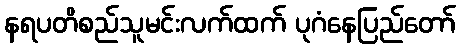
နရပတိစည်သူမင်းလက်ထက် ပုဂံနေပြည်တော်